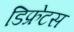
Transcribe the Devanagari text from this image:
डिफ्रेटस